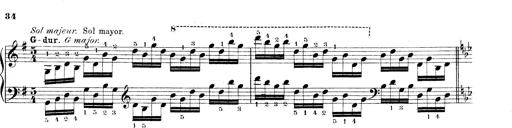
Title: Technische Studien
Composer: Franz Liszt